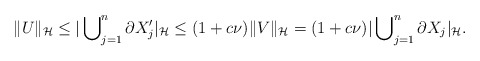
\begin{align*}\Vert U \Vert_{\cal H} \le |\bigcup\nolimits^n_{j=1} \partial X'_j|_{\cal H} \le (1+c\nu)\Vert V \Vert_{\cal H} = (1+c\nu)|\bigcup\nolimits^n_{j=1} \partial X_j|_{\cal H}.\end{align*}